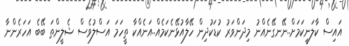
އައިސް ކާލަނީކަމަށް..ނޭނގޭނެއްނު މިދަންވަރު ކުޑަކުދިން ހޭލާއުޅޭނެކަމެއް..އަނެއްކާ ތީހަމަ އަސްލުވެސް ޝެލީންތަ ބޭބެ އަހަރެންނާ